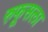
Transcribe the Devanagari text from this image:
रुफूसला